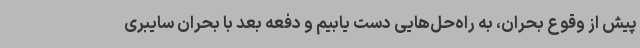
پیش از وقوع بحران، به راه‌حل‌هایی دست یابیم و دفعه بعد با بحران سایبری